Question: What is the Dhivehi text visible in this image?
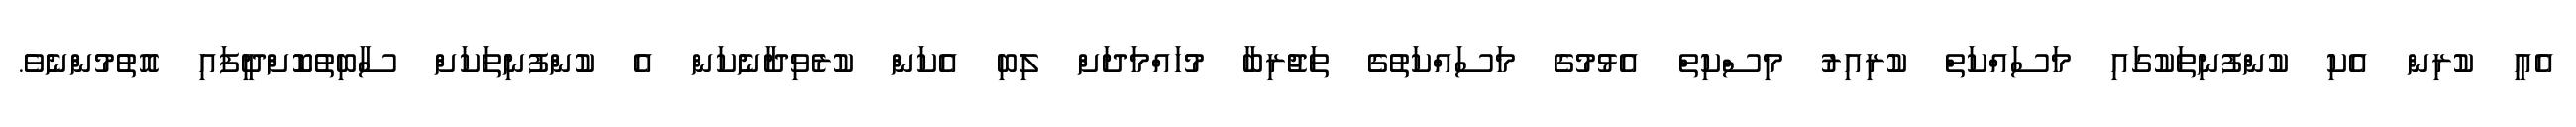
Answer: އެއީ ކުރިން އެކި ކުންފުނިތަކުގައި މަސައްކަތް ކުރިއިރު މިސްކިތް އެޅުމުގެ މަސައްކަތުގެ ތަޖުރިބާ މުހައްމަދަށް ލިބި އެކަން ކުރެވިދާނެކަން އެ ކުންފުނިތަކަށް ސާބިތުކޮށްދީފައި އޮތުމުންނެވެ.